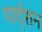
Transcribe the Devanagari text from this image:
पार्द्शन